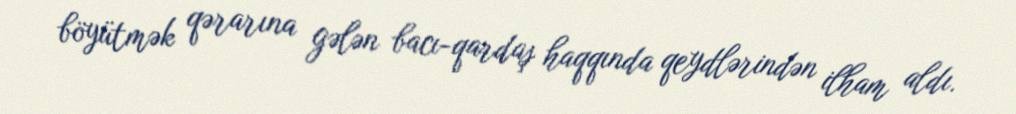
böyütmək qərarına gələn bacı-qardaş haqqında qeydlərindən ilham aldı.